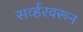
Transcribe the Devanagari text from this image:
सर्व्हरवरून